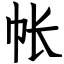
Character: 帐